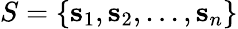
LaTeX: S=\{ \mathbf{s}_{1},\mathbf{s}_{2},...,\mathbf{s}_{n}\}